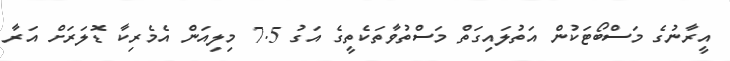
އީރާނުގެ މަސްބޯޓަކުން އަތުލައިގަތް މަސްތުވާތަކެތީގެ އަގު 7.5 މިލިއަން އެމެރިކާ ޑޮލަރަށް އަރާ